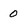
Character: 0